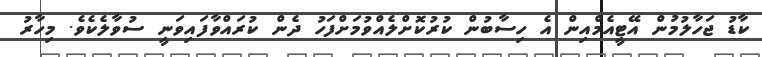
ކާޑު ޖަހާލުމުން އޭޓީއެމްއިން އެ ހިސާބުން ކުރުކޮށްލެއްވުމަށްފަހު ދެން ކުރައްވާފައިވަނީ ސުވާލެކެވެ. މިހާރު